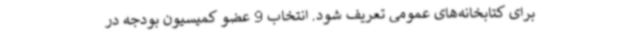
برای کتابخانه‌های عمومی تعریف شود. انتخاب 9 عضو کمیسیون بودجه در